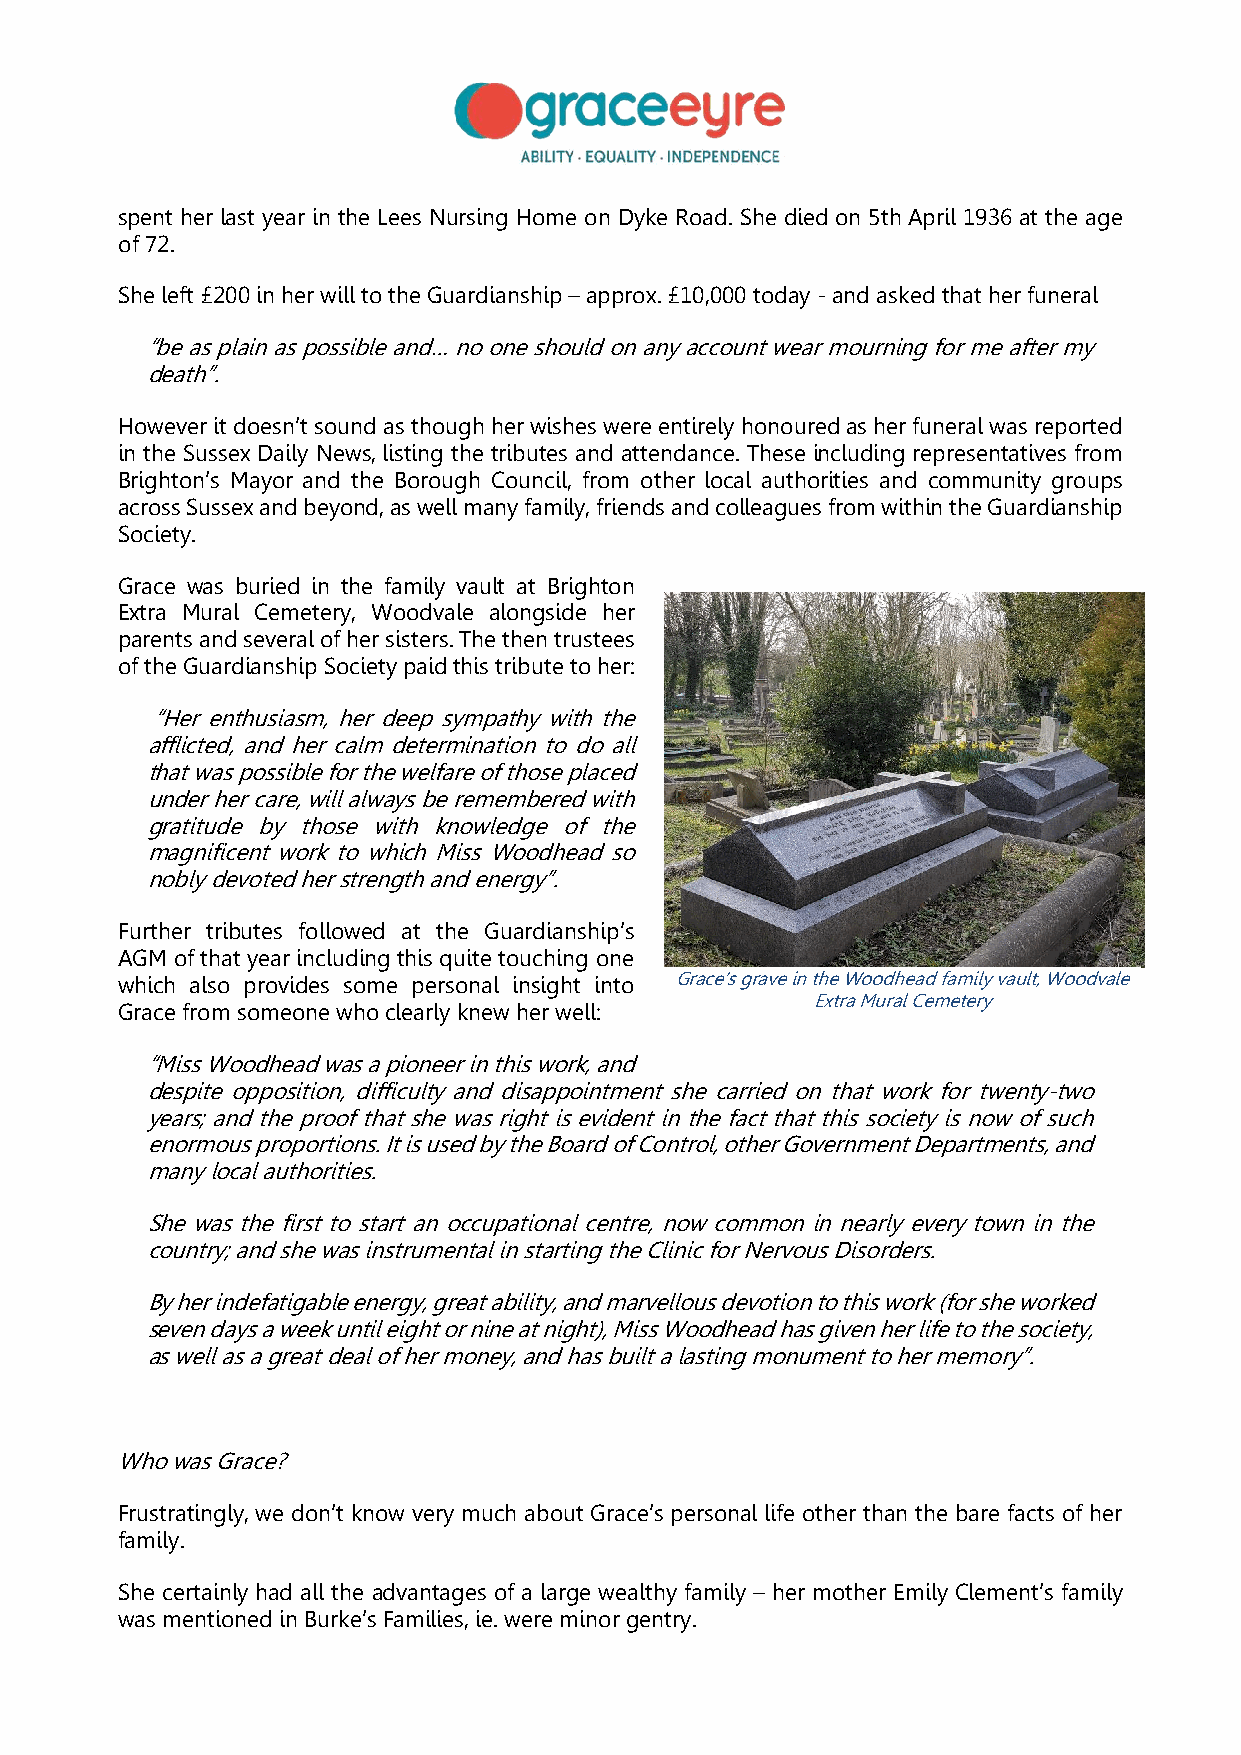
spent her last year in the Lees Nursing Home on Dyke Road. She died on 5th April 1936 at the age
 of 72.
 She left £200 in her will to the Guardianship – approx. £10,000 today - and asked that her funeral
 “be as plain as possible and… no one should on any account wear mourning for me after my
 death”.
 However it doesn’t sound as though her wishes were entirely honoured as her funeral was reported
 in the Sussex Daily News, listing the tributes and attendance. These including representatives from
 Brighton’s Mayor and the Borough Council, from other local authorities and community groups
 across Sussex and beyond, as well many family, friends and colleagues from within the Guardianship
 Society.
 Grace was buried in the family vault at Brighton
 Extra Mural Cemetery, Woodvale alongside her
 parents and several of her sisters. The then trustees
 of the Guardianship Society paid this tribute to her:
 “Her enthusiasm, her deep sympathy with the
 afflicted, and her calm determination to do all
 that was possible for the welfare of those placed
 under her care, will always be remembered with
 gratitude by those with knowledge of the
 magnificent work to which Miss Woodhead so
 nobly devoted her strength and energy”.
 Further tributes followed at the Guardianship’s
 AGM of that year including this quite touching one
 which also provides some personal insight into Grace’s grave in the Woodhead family vault, Woodvale
 Extra Mural Cemetery
 Grace from someone who clearly knew her well:
 “Miss Woodhead was a pioneer in this work, and
 despite opposition, difficulty and disappointment she carried on that work for twenty-two
 years; and the proof that she was right is evident in the fact that this society is now of such
 enormous proportions. It is used by the Board of Control, other Government Departments, and
 many local authorities.
 She was the first to start an occupational centre, now common in nearly every town in the
 country; and she was instrumental in starting the Clinic for Nervous Disorders.
 By her indefatigable energy, great ability, and marvellous devotion to this work (for she worked
 seven days a week until eight or nine at night), Miss Woodhead has given her life to the society,
 as well as a great deal of her money, and has built a lasting monument to her memory”.
 Who was Grace?
 Frustratingly, we don’t know very much about Grace’s personal life other than the bare facts of her
 family.
 She certainly had all the advantages of a large wealthy family – her mother Emily Clement’s family
 was mentioned in Burke’s Families, ie. were minor gentry.